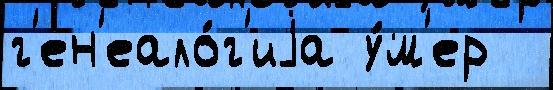
г'ен'еало́г'иjа у́м'ер